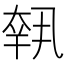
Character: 𡙕